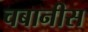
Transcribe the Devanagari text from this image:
चबानीस